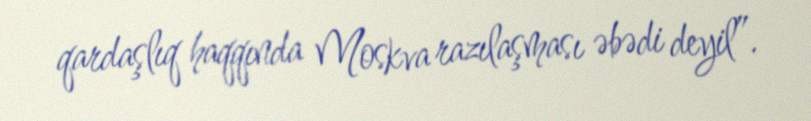
qardaşlıq haqqında Moskva razılaşması əbədi deyil”.